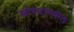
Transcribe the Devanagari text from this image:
स्त्रीवादांमधील